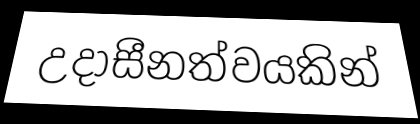
උදාසීනත්වයකින්